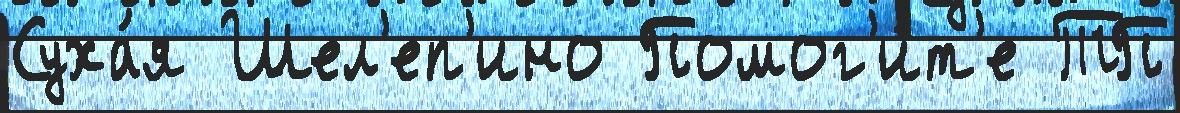
Суха́я Шел'еп'ино Помог'и́т'е ТП